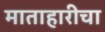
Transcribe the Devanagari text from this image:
माताहारीचा